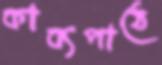
কাব্যপাঠে